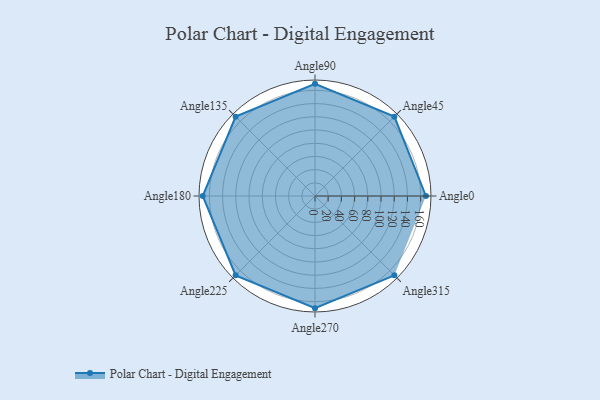
{"axis": {"x": "Angle", "y": "Radius"}, "legend": [""], "data": [{"x": "Angle0", "y": 168.0, "type": ""}, {"x": "Angle45", "y": 170, "type": ""}, {"x": "Angle90", "y": 170, "type": ""}, {"x": "Angle135", "y": 170, "type": ""}, {"x": "Angle180", "y": 170, "type": ""}, {"x": "Angle225", "y": 170, "type": ""}, {"x": "Angle270", "y": 170, "type": ""}, {"x": "Angle315", "y": 170, "type": ""}]}